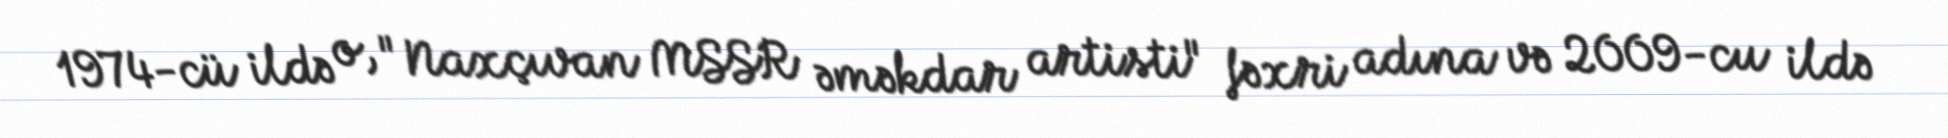
1974-cü ildə o, "Naxçıvan MSSR əməkdar artisti" fəxri adına və 2009-cu ildə